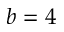
b = 4